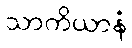
သာကိယာနံ